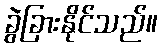
ခွဲခြားနိုင်သည်။